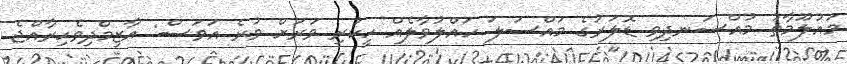
މައުލޫމާތު މުއްސަނދިވި ޑޮލަރުގެ މައްސަލަ ހައްލުވާލެއް ހީކުރި ވަރަށް ވުރެ އަވަސް: އާޒިމްދިވެހިރާއްޖެ